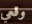
وقعي